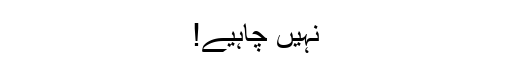
نہیں چاہیے!